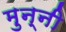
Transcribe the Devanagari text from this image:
मुन्‍नी